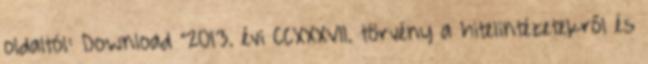
oldaltól: Download "2013. évi CCXXXVII. törvény a hitelintézetekről és